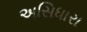
અસિધારા